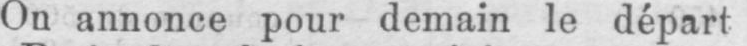
On annonce pour demain le départ